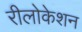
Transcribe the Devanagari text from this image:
रीलोकेशन